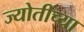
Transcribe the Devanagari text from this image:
ज्योतींच्या